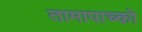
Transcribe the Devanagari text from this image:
तामापाच्को